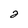
Character: 2